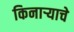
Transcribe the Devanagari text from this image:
किनाऱ्याचे